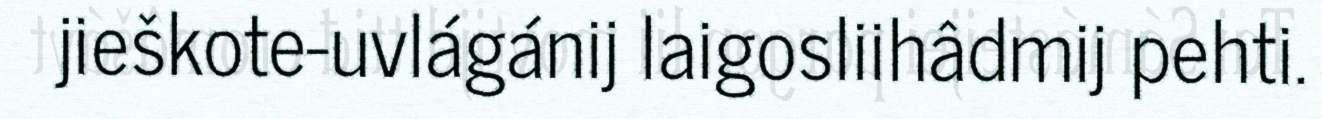
jieškote-uvlágánij laigosliihâdmij pehti.